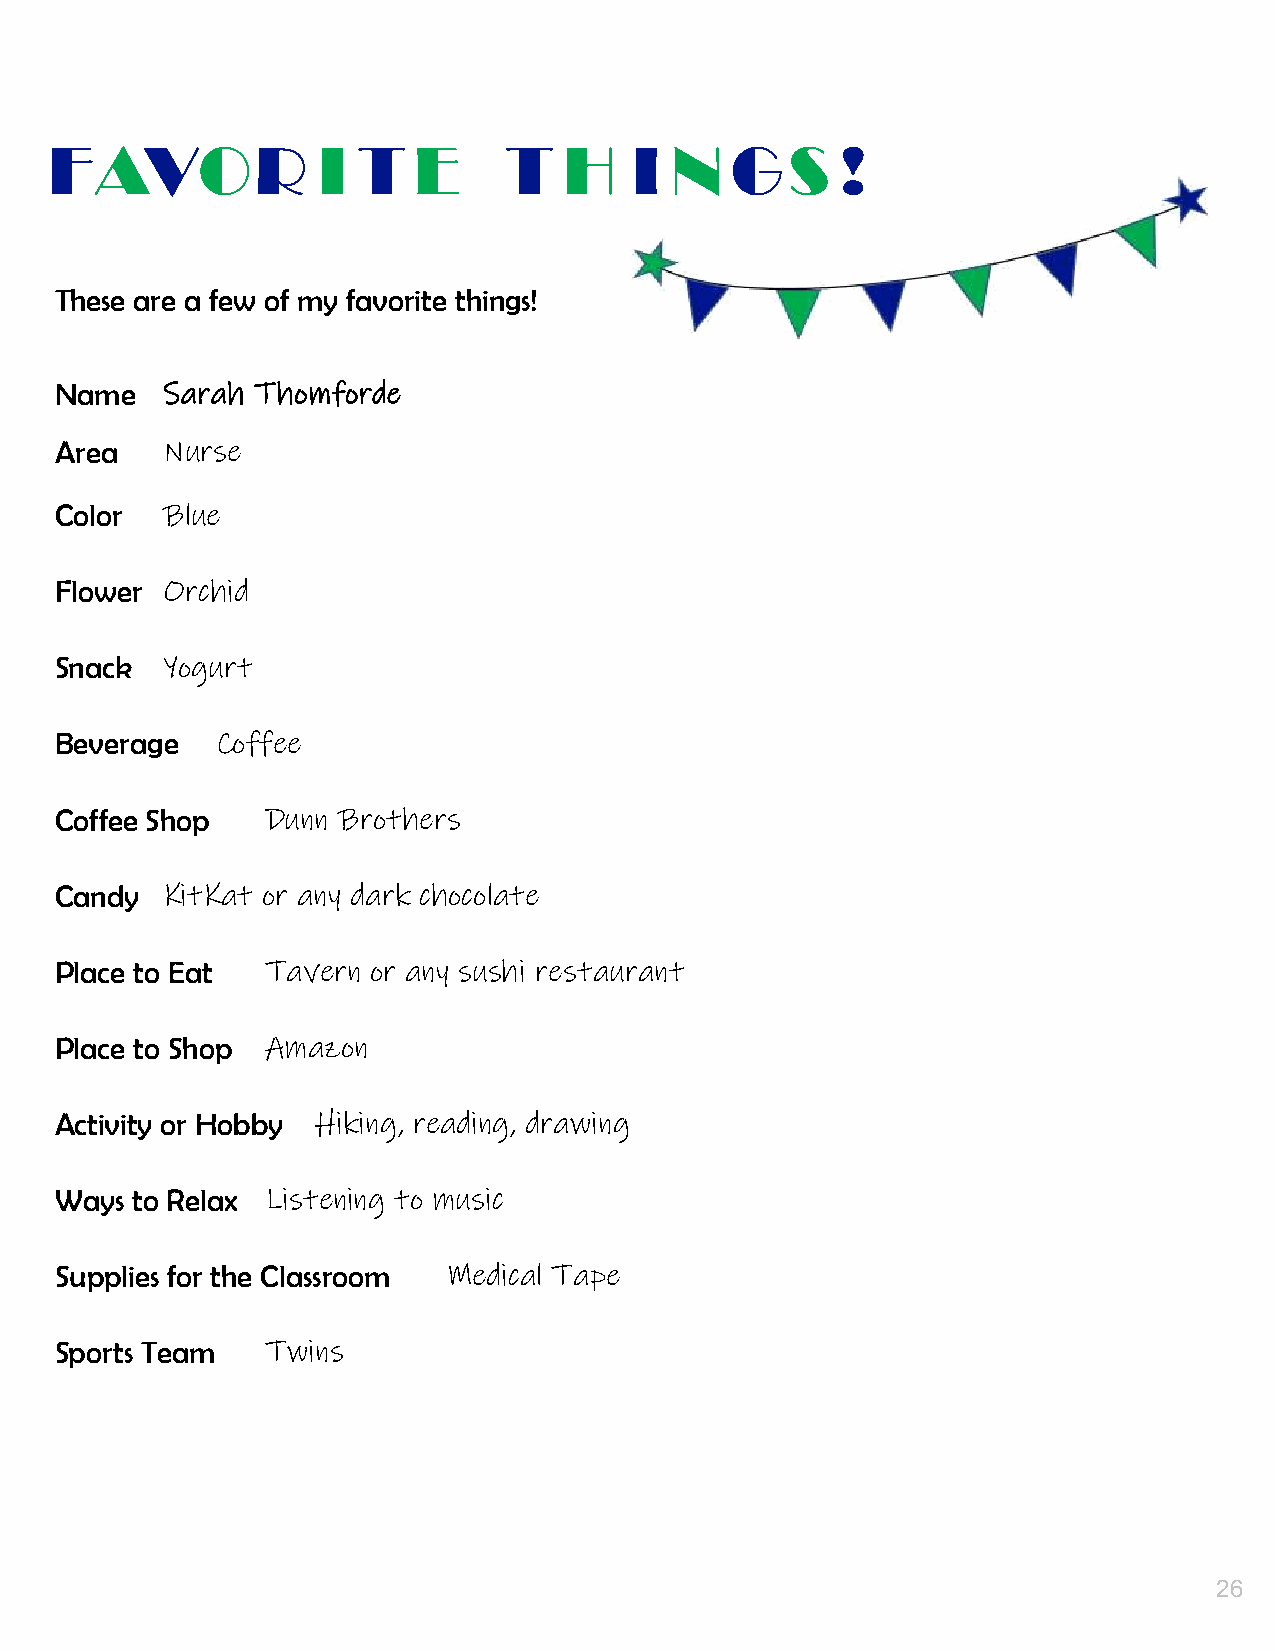
25.
 FAVOR             I  T  E     T   H    I N   GS      !
 These are a few of my favorite things!
 Name   Sarah Thomforde
 Area   Nurse
 Color  Blue
 Flower Orchid
 Snack  Yogurt
 Beverage  Coffee
 Coffee Shop   Dunn Brothers
 Candy  KitKat or any dark chocolate
 Place to Eat  Tavern or any sushi restaurant
 Place to Shop Amazon
 Activity or Hobby Hiking, reading, drawing
 Ways to Relax Listening to music
 Supplies for the Classroom Medical Tape
 Sports Team   Twins
 26